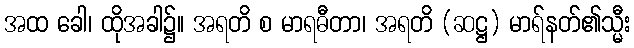
အထ ခေါ၊ ထိုအခါ၌။ အရတိ စ မာရဓီတာ၊ အရတိ (ဆဋ္ဌ) မာရ်နတ်၏သ္မီး